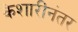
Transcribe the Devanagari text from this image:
केशारींनंतर